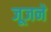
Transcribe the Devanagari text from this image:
जूजने